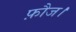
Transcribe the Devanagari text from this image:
फ़ौज।